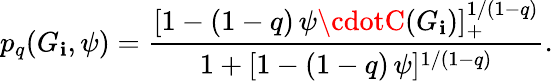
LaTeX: p_{q}(G_{\mathbf{i}},\psi)=\frac{{[1-(1-q)\, \psi\cdotC(G_{\mathbf{i}})]_{+}^{1/(1-q)}}}{{1+[1-(1-q)\, \psi]^{1/(1-q)}}}.